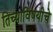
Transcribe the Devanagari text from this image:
तिच्याविषयीचे